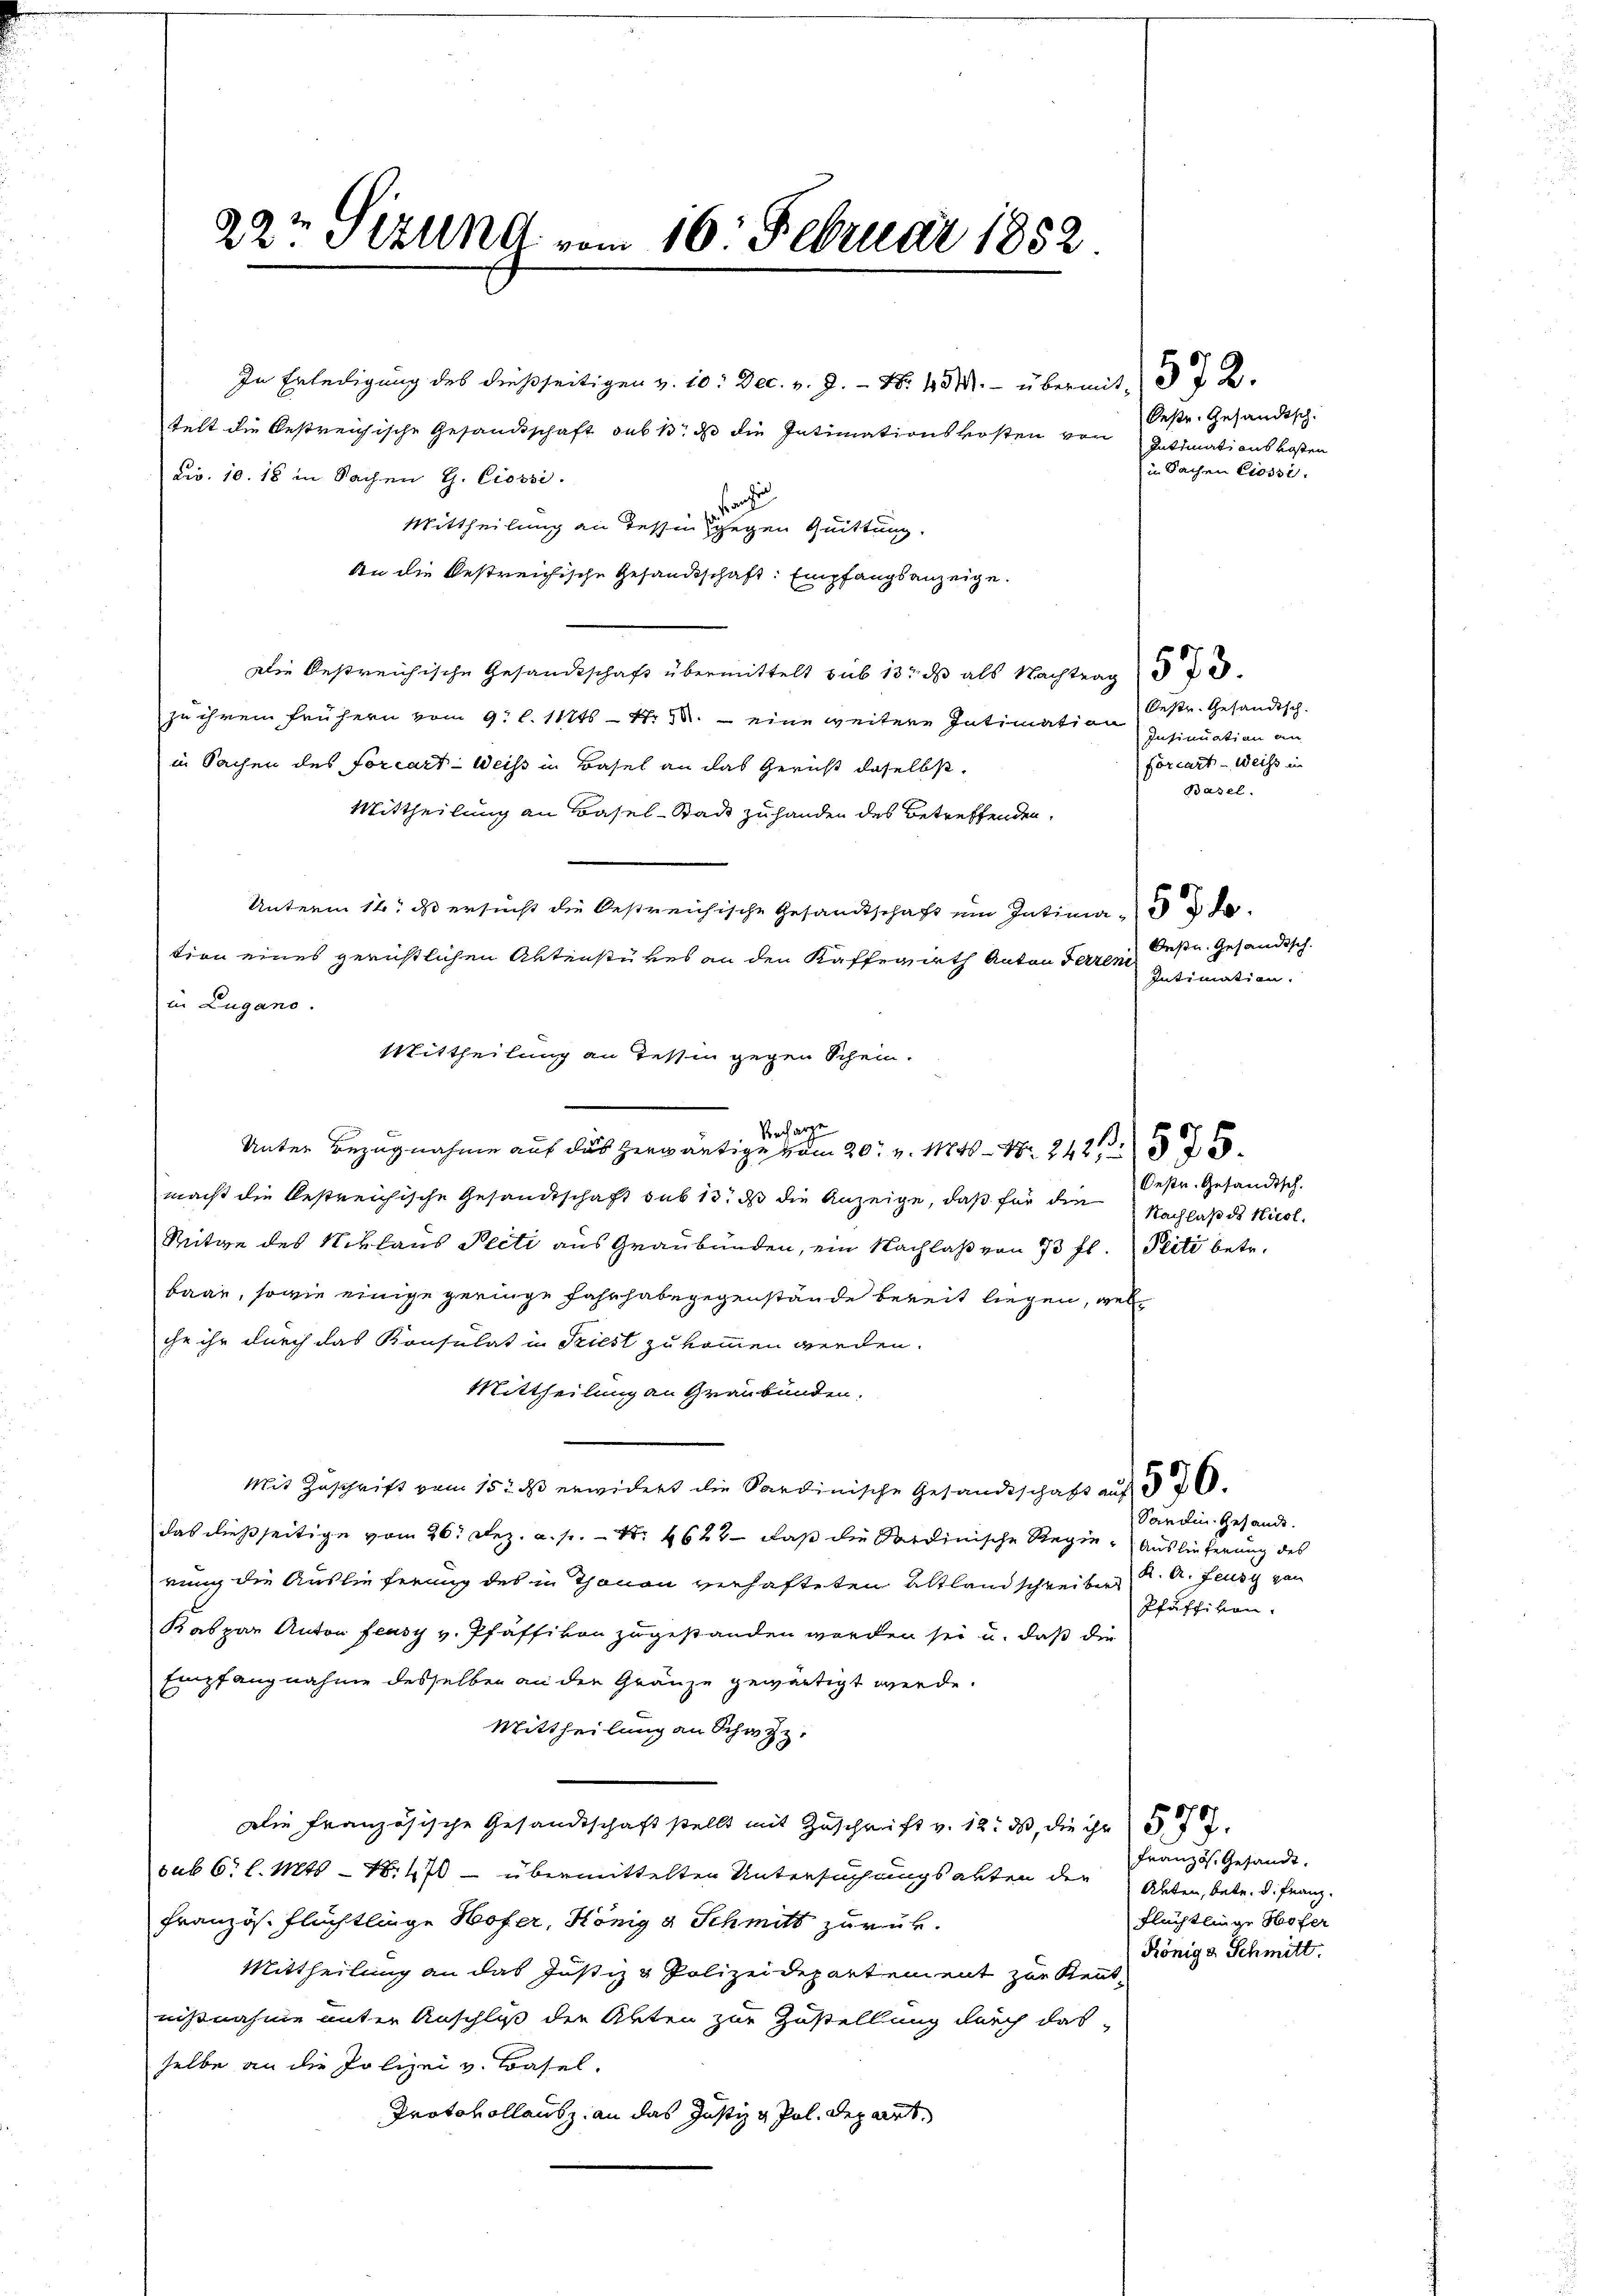
22t Sizung vom 16. Februar 1852.

In Erledigung des dießseitigen v. 10. Dec. v. J. N. 134. übermit I 2
telt die bestreichische Gesandtschaft sub 1. ds die Intimationskosten von Intimationskosten
br. 10. 18 in Sachen G. Ciossi.
f
Mittheilung an dessen gegen Quittung.
An die bestreichische Gesandtschaft. Empfangsanzeige.
Die bestreichische Gesandtschaft übermittelt sub 13. ds als Nachtrag
zu ihrem frühern vom 9. l. 11ts - Xr M. eine weitere Intimation Insinuation an
in Sachen des forcart - Weiss in Basel an das Gericht daselbst,
Mittheilung an Basel-Stadt zu handen des Betreffenden,
Unterm 14. ds ersucht die bestreichische Gesandtschaft ein Intima
tion eines gerüstlichen Aktenstükes an den Kafferieth Anton Terzen
in Lugano.
Mittheilung an Tessin gegen Schein.
Unter Bezugnahme auf das herwärtige vom 20. v. Mts. 242
macht die bestreichische Gesandtschaft sub 13. ds die Anzeige, daß für die
Mitge des Niklaus Pecti aus Graubünden, ein Nachlaß von 73 fl. Pliti betr.
baan, sowie einige geringe Fahrhabegegenstände bereit liegen, welche ihr durch das Konsulat in Triest zukommen werden.
Mittheilung an Graubünden,
Mit Zuschrift vom 15. ds erwidert die Sardinische Gesandtschaft auf 3
das dießseitige vom 26. Dez. a. p. N. 4622 - daß die Sardinische Regie-Auslieferung des
nung die Auslieferung des in Thonon verhafteten Altlandschreiben K. A. Feusy von
Kaspar Anton feasy v. Pfäffikon zugestanden worden sei u. daß die
Empfangnahme desselben an den Gränze gewärtigt werde.
Mittheilung an Schwyz.
Die Französische Gesandtschaft stellt mit Zuschrift v. 18. ds, die ihr 577.
sub 6 l. Mts. - No. 470 – übermittelten Untersuchungsakten der Akten, betr. d. Franz
Französ. Flüchtlinge Hofer, König & Schmitt zurück.
Mittheilung an das Justiz & Polizeidepartement zur Rentnißnahme unter Anschluß der Akten zur Zustellung durch das
selbe an die Polizei v. Basel.
Protokollausz an das Justiz & Pol. Depart

Vorcharge

Oeste Gesandtsch.
in Sachen Ciossi.

Oestr. Gesandtsch.
Forcart - Weiss in
Basel.

Oesu. Gesandisch.
Intimation.

31575.

Oestr. Gesandtsch.
Nachlaß des Nicol.

Santin Gesandt.
Pfäffikon.

Französ. Gesandt.
Flüchtlinge Hofer
Könige Schmitt